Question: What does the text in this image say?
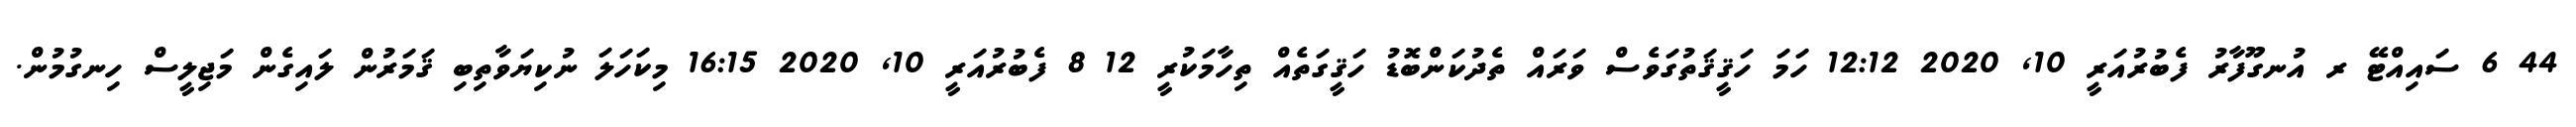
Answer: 44 6 ސައިއްޓޭ ރ އުނގޫފާރު ފެބުރުއަރީ 10, 2020 12:12 ހަމަ ހަޤީޤަތުގަވެސް ވަރައް ތެދުކަންބޮޑު ހަޤީގަތެއް ތިހާމަކުރީ 12 8 ފެބުރުއަރީ 10, 2020 16:15 މިކަހަލަ ނުކިޔަވާތިބި ޤަމަރުން ލައިގެން މަޖިލީސް ހިނގުމުން.